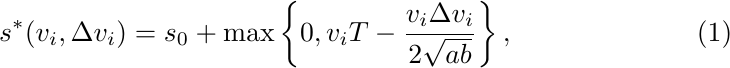
\begin{equation}
    s^{\ast}(v_{i},\Delta v_{i}) = s_{0} + \max\left\{0, v_{i}T - \frac{v_{i}\Delta v_{i}}{2\sqrt{ab}}\right\},    \label{eq2.14}
\end{equation}